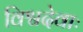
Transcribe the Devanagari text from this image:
विश्वदेवाः